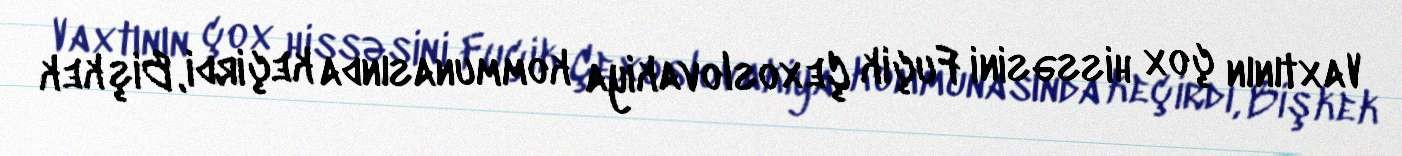
Vaxtının çox hissəsini Fuçik Çexoslovakiya kommunasında keçirdi, Bişkek